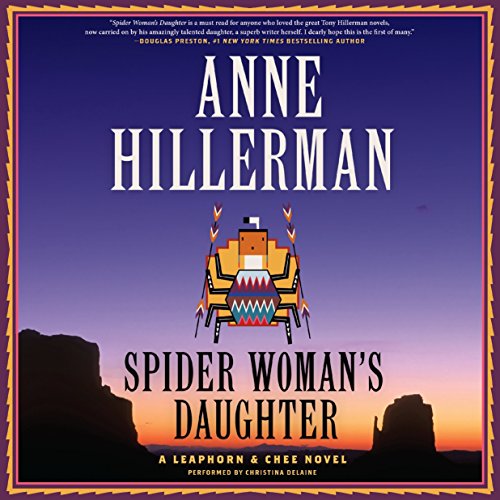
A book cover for Spider Woman's Daughter  (Leaphorn and Chee Mysteries, Book 19); Anne Hillerman; Literature & Fiction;